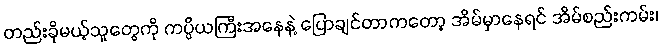
တည်းခိုမယ့်သူတွေကို ကပ္ပိယကြီးအနေနဲ့ ပြောချင်တာကတော့ အိမ်မှာနေရင် အိမ်စည်းကမ်း၊